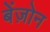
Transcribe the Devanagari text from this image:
बेंज़ोन